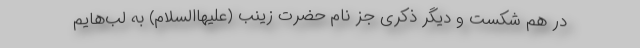
در هم شکست و دیگر ذکری جز نام حضرت زینب (علیهاالسلام) به لب‌هایم